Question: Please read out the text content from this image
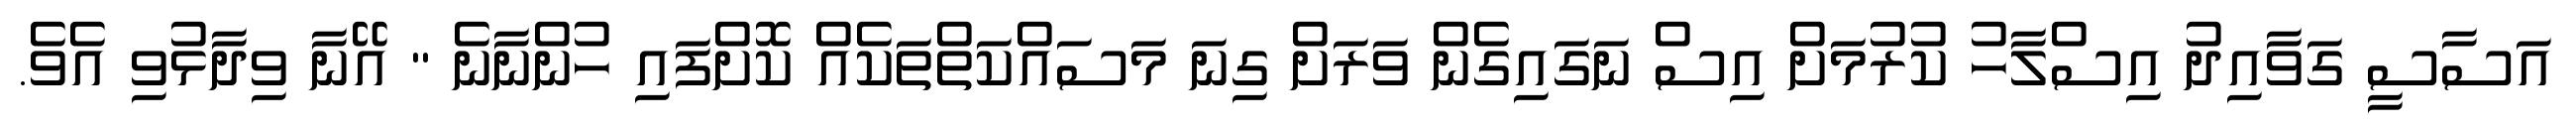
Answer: އަސާސީ ގަވާއިދު އިސްލާހު ކުރުމަށް އިސް ނަގައިގެން ވަރަށް ގިނަ މަސައްކަތްތަކެއް ކޮށްފައި ހުންނާނެ " އޭނާ ވިދާޅުވި އެވެ.